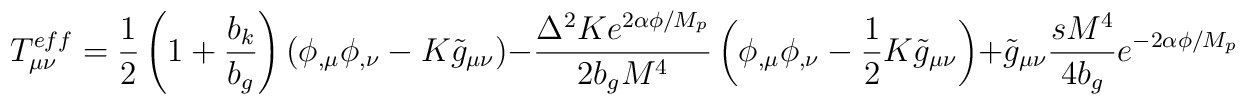
T_{\mu\nu}^{eff}=\frac{1}{2}\left(1+\frac{b_{k}}{b_{g}}\right)\left(\phi_{,\mu}\phi_{,\nu}-K\tilde{g}_{\mu\nu}\right)-\frac{\Delta^{2}Ke^{2\alpha\phi/M_{p}}}{2b_{g}M^{4}}\left(\phi_{,\mu}\phi_{,\nu}-\frac{1}{2}K\tilde{g}_{\mu\nu}\right)+\tilde{g}_{\mu\nu}\frac{sM^{4}}{4b_{g}}e^{-2\alpha\phi/M_{p}}